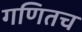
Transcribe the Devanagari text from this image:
गणितच